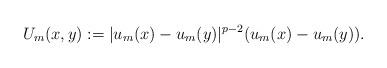
LaTeX: \begin{align*}U_m(x,y):=|u_m(x)-u_m(y)|^{p-2}(u_m(x)-u_m(y)).\end{align*}